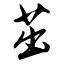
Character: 茁